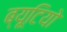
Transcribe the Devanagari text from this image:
ब्यूटियो